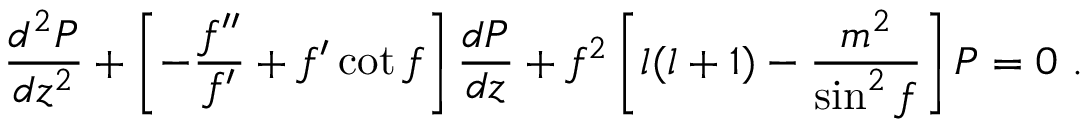
\frac { d ^ { 2 } P } { d z ^ { 2 } } + \left[ - \frac { f ^ { \prime \prime } } { f ^ { \prime } } + f ^ { \prime } \cot f \right] \frac { d P } { d z } + f ^ { 2 } \left[ l ( l + 1 ) - \frac { m ^ { 2 } } { \sin ^ { 2 } f } \right] P = 0 ~ .